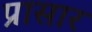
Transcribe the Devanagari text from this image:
प्रासार